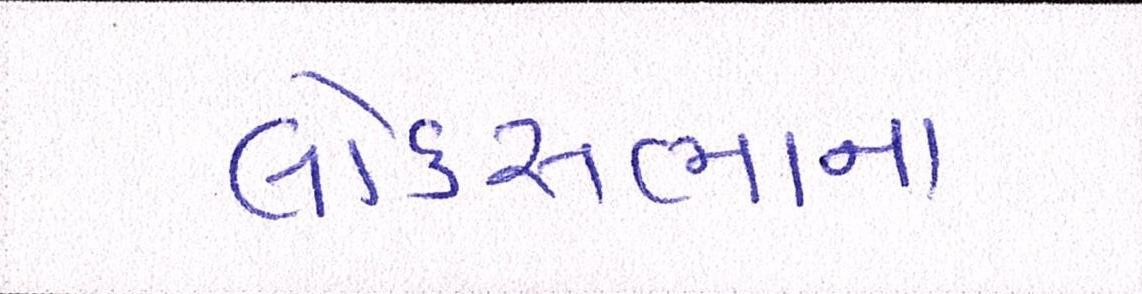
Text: લોકસબાનાં